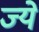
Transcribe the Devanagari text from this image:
ज्ये